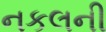
નકલની